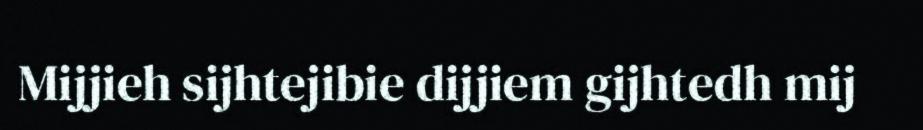
Mijjieh sijhtejibie dijjiem gijhtedh mij